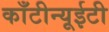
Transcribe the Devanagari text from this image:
काँटीन्यूईटी